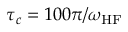
\tau _ { c } = 1 0 0 \pi / \omega _ { \mathrm { H F } }